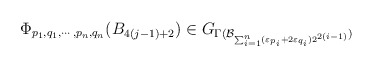
\begin{align*}\Phi_{p_1, q_1, \cdots, p_n, q_n}(B_{4(j-1) +2}) \in G_{\Gamma(\mathcal{B}_{\sum_{i=1}^n(\varepsilon_{p_i} + 2 \varepsilon_{q_i}) 2^{2(i-1)}})}\end{align*}